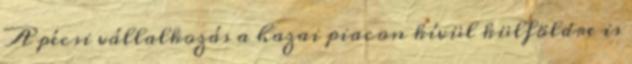
A pécsi vállalkozás a hazai piacon kívül külföldre is